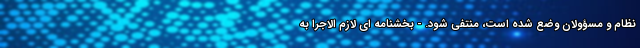
نظام و مسؤولان وضع شده است، منتفی شود. - بخشنامه ای لازم الاجرا به